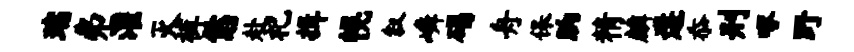
瑞弗灌灭裤恁赴祀揖幌叙嶙碣舟保晌精麟遘忝刑啄野